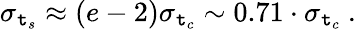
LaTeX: \sigma_{\mathtt{t}_{s}}\approx{(e-2)}\sigma_{\mathtt{t}_{c}}\sim0.71\cdot\sigma_{\mathtt{t}_{c}}~.